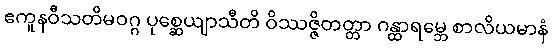
ဧကူနဝီသတိမဝဂ္ဂ ပုစ္ဆေယျာသီတိ ဝိဿဇ္ဇိတတ္တာ ဂန္ထာရမ္ဘေ စာလိယမာနံ